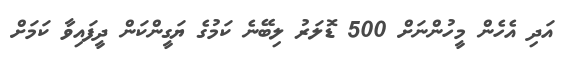
އަދި އެހެން މީހުންނަށް 500 ޑޮލަރު ލިބޭނެ ކަމުގެ ޔަގީންކަން ދީފައިވާ ކަމަށް